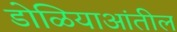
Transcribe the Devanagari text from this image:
डोळियाआंतील